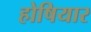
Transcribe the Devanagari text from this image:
होषियार